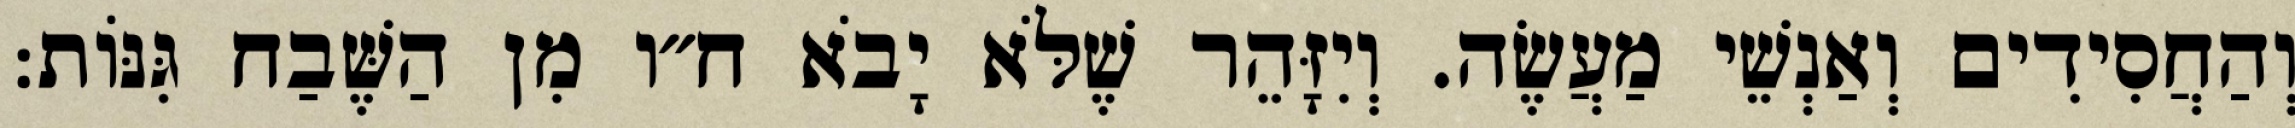
וְהַחֲסִידִים וְאַנְשֵׁי מַעֲשֶׂה. וְיִזָּהֵר שֶׁלֹּא יָבֹא ח״ו מִן הַשֶּׁבַח גִּנּוֹת: